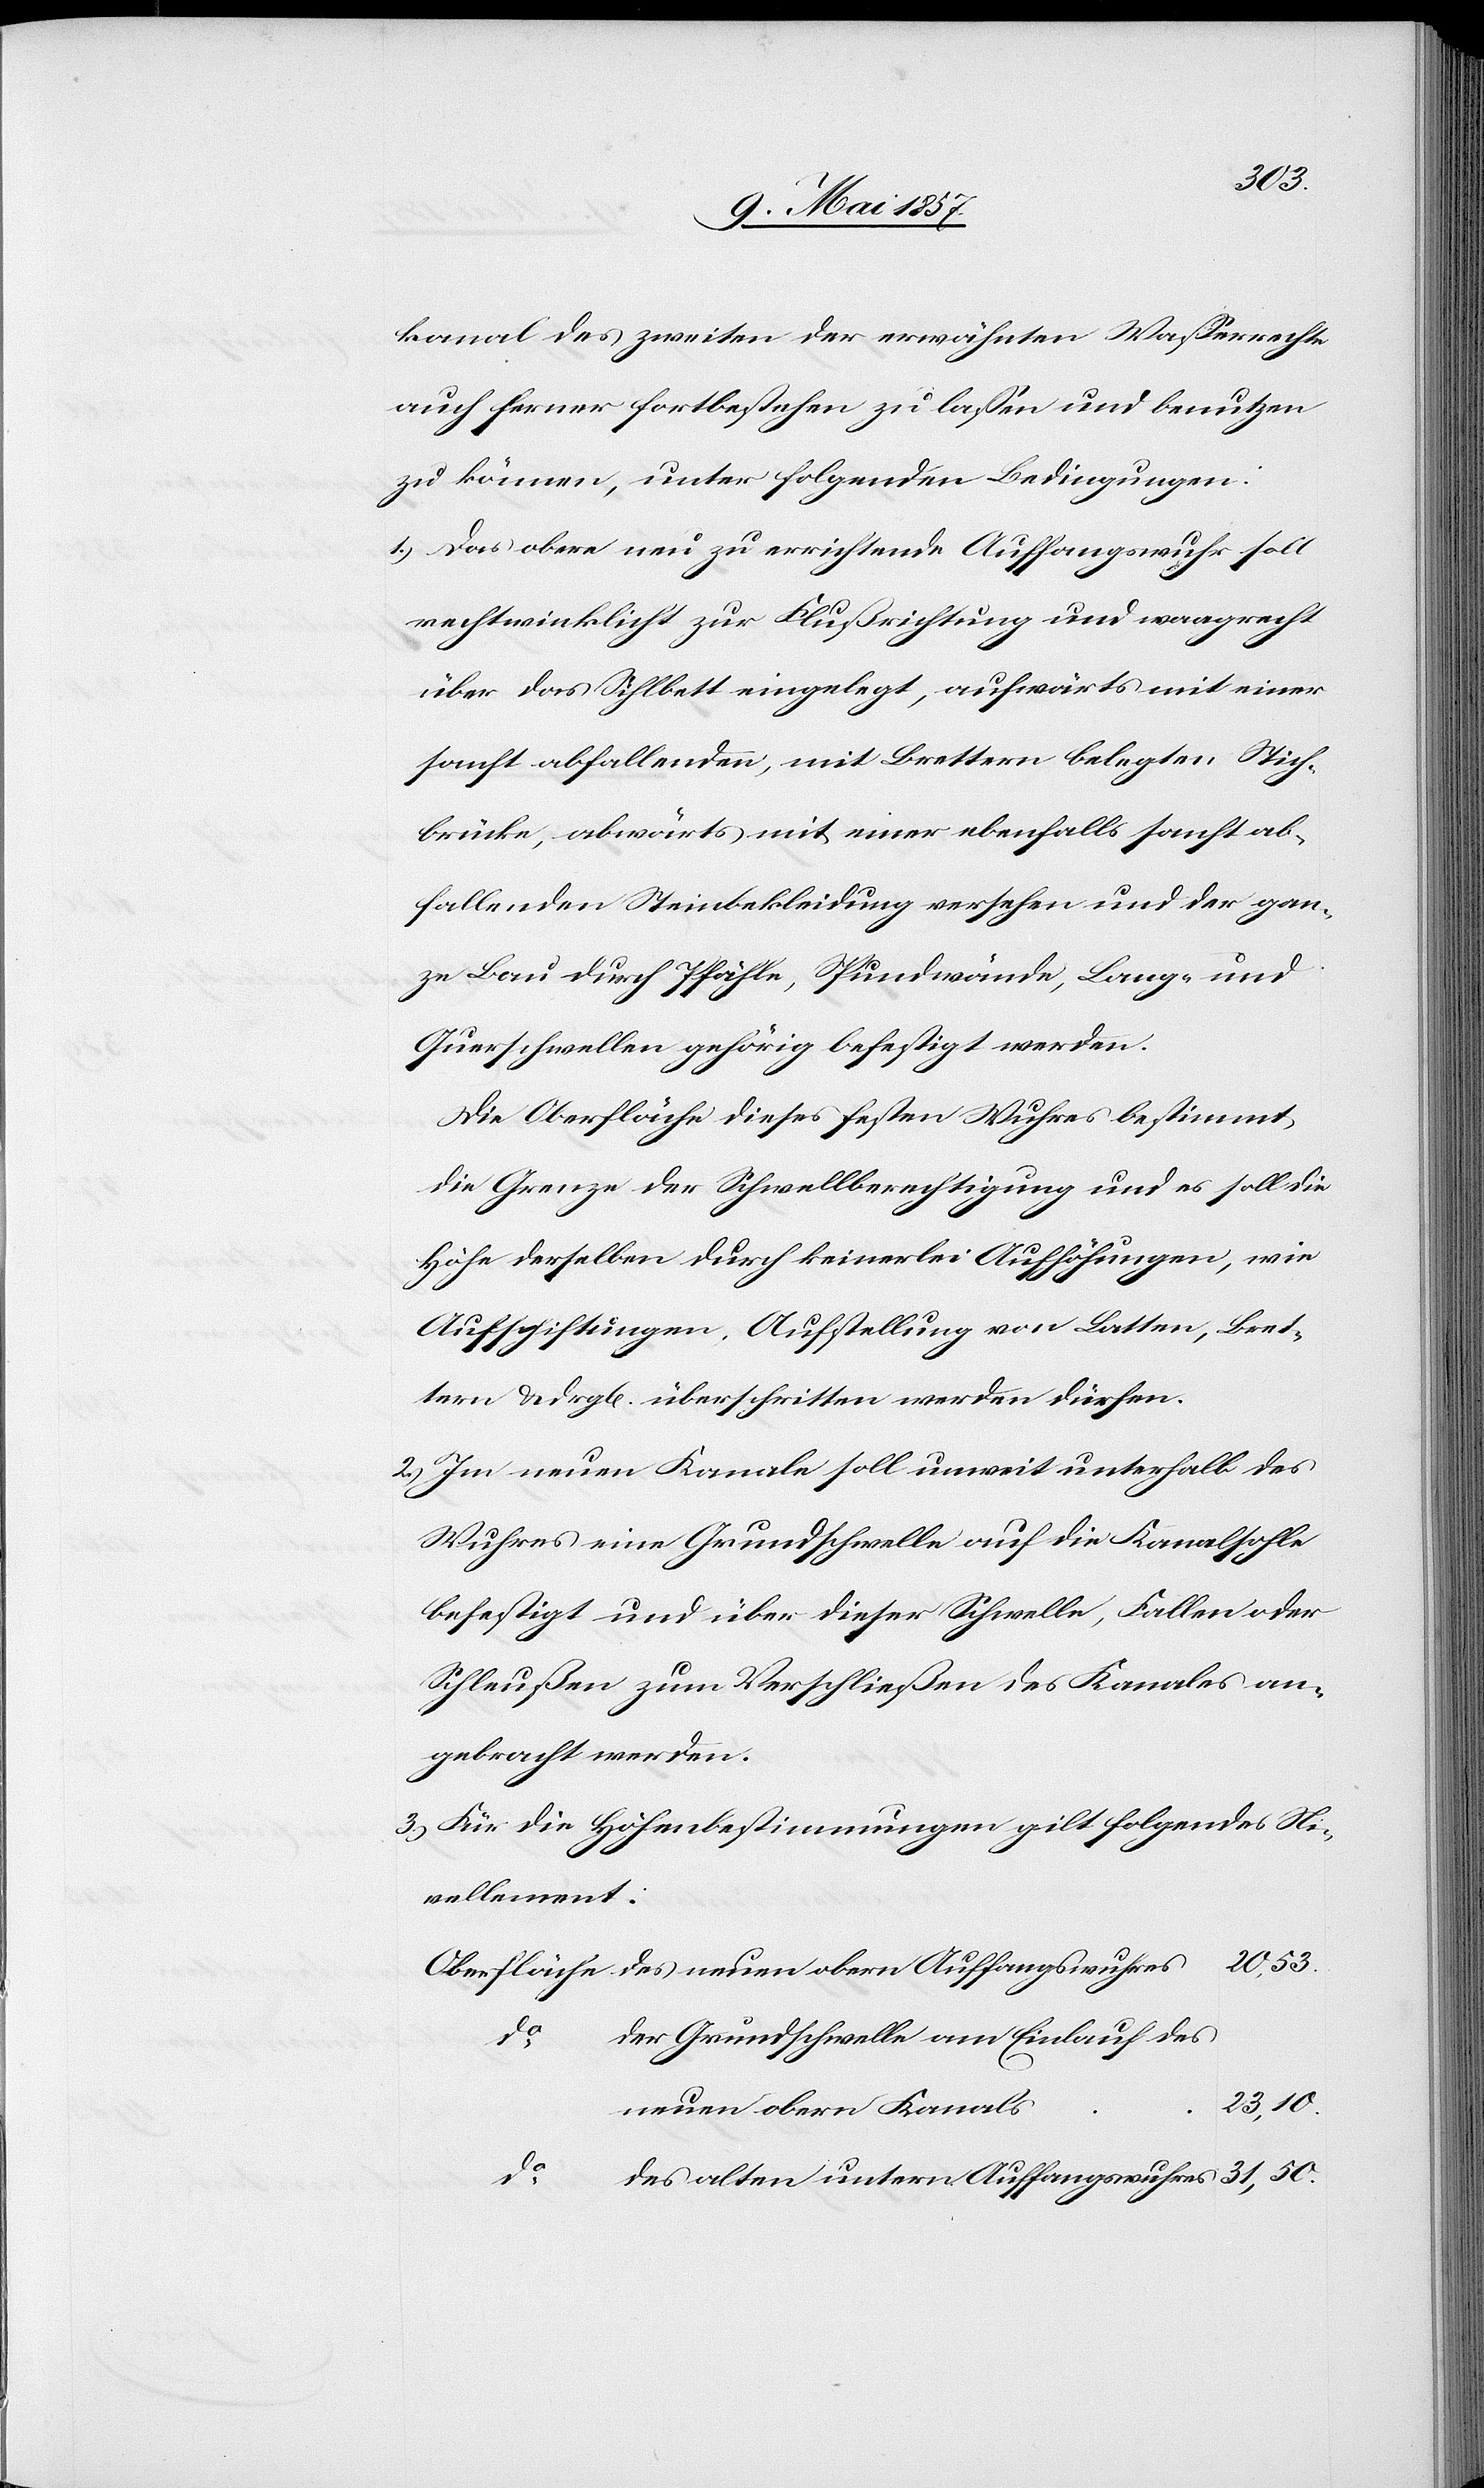
kanal des zweiten der erwähnten Wasserrechte
auch ferner fortbestehen zu lassen und benutzen
zu können, unter folgenden Bedingungen:
1.) Das obere neu zu errichtende Auffangswuhr soll
rechtwinklicht zur Flußrichtung und waagrecht
über das Sihlbett eingelegt, aufwärts mit einer
sanft abfallenden, mit Brettern belegten Stich¬
brücke, abwärts mit einer ebenfalls sanft ab¬
fallenden Steinbekleidung versehen und der gan¬
ze Bau durch Pfähle, Spundwände, Lange und
Querschwellen gehörig befestigt werden.
Die Oberfläche dieses festen Wuhres bestimmt
die Grenze der Schwellberechtigung und es soll die
Höhe derselben durch keinerlei Aufhöhungen, wie
Aufschichtungen, Aufstellung von Latten, Bret¬
tern & drgl. überschritten werden dürfen.
2.) Im neuen Kanale soll unweit unterhalb des
Wuhres eine Grundschwelle auf die Kanalsohle
befestigt und über dieser Schwelle, Fallen oder
Schleußen zum Verschließen des Kanales an¬
gebracht werden.
3.) Für die Höhenbestimmungen gilt folgendes Ni¬
vellement:
s	23,10
neu¬
en Grundschwelle am Einlauf des
neuen obern Kanal¬
des